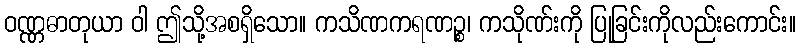
ဝဏ္ဏဓာတုယာ ဝါ ဤသို့အစရှိသော။ ကသိဏကရဏဉ္စ၊ ကသိုဏ်းကို ပြုခြင်းကိုလည်းကောင်း။